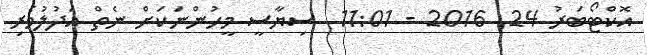
އޮކްޓޯބަރު 24